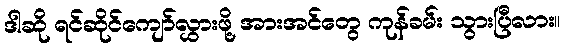
ဒါဆို ရင်ဆိုင်ကျော်လွှားဖို့ အားအင်တွေ ကုန်ခမ်း သွားပြီလား။